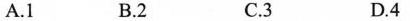
A.1 B.2 C.3 D.4